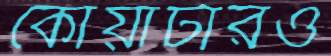
কোয়ার্টারও